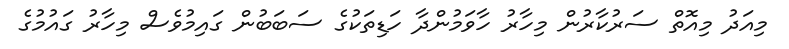
މިއަދު މިއޮތް ސަރުކާރުން މިހާރު ހާވަމުންދާ ހަޑިތަކުގެ ސަބަބުން ގައިމުވެސް މިހާރު ގައުމުގެ